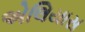
એલિયાસ